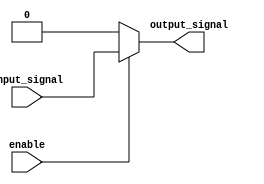
module buffer_with_enable (
    input wire input_signal,
    input wire enable,
    output reg output_signal
);

always @ (input_signal, enable)
begin
    if (enable)
        output_signal = input_signal;
    else
        output_signal = 1'b0; // Constant value when enable is low
end

endmodule